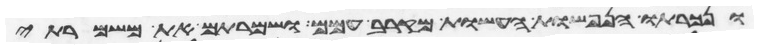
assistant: ונכרתו הנפשות העשות מקרב עמם ושמרתם את משמרתי